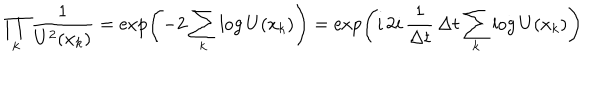
\prod _ { k } \frac { 1 } { U ^ { 2 } ( x _ { k } ) } = \exp \left( - 2 \sum _ { k } \log U ( x _ { k } ) \right) = \exp \left( i \, 2 i \, \frac { 1 } { \Delta t } \, \Delta t \sum _ { k } \log U ( x _ { k } ) \right)